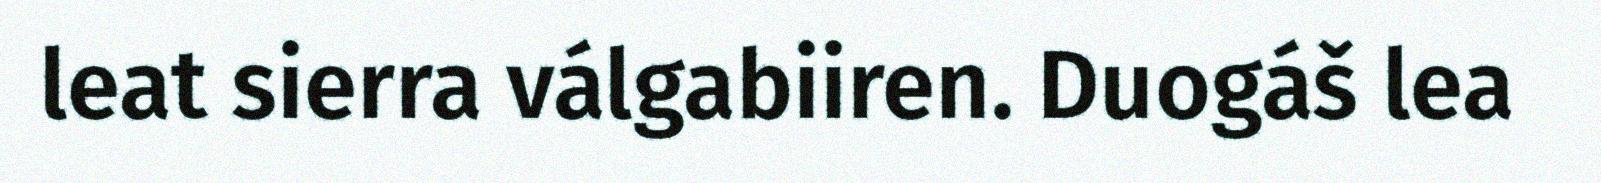
leat sierra válgabiiren. Duogáš lea